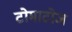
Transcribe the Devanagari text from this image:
टोमाटोज